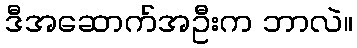
ဒီအဆောက်အဦးက ဘာလဲ။